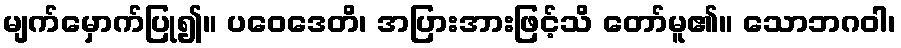
မျက်မှောက်ပြု၍။ ပဝေဒေတိ၊ အပြားအားဖြင့်သိ တော်မူ၏။ သောဘဂဝါ၊